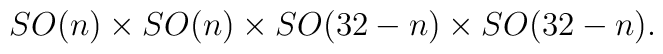
SO(n)\times SO(n)\times SO(32-n)\times SO(32-n).